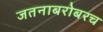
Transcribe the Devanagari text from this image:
जतनाबरोबरच